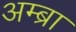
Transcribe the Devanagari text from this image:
अम्ब्रा